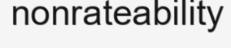
nonrateability